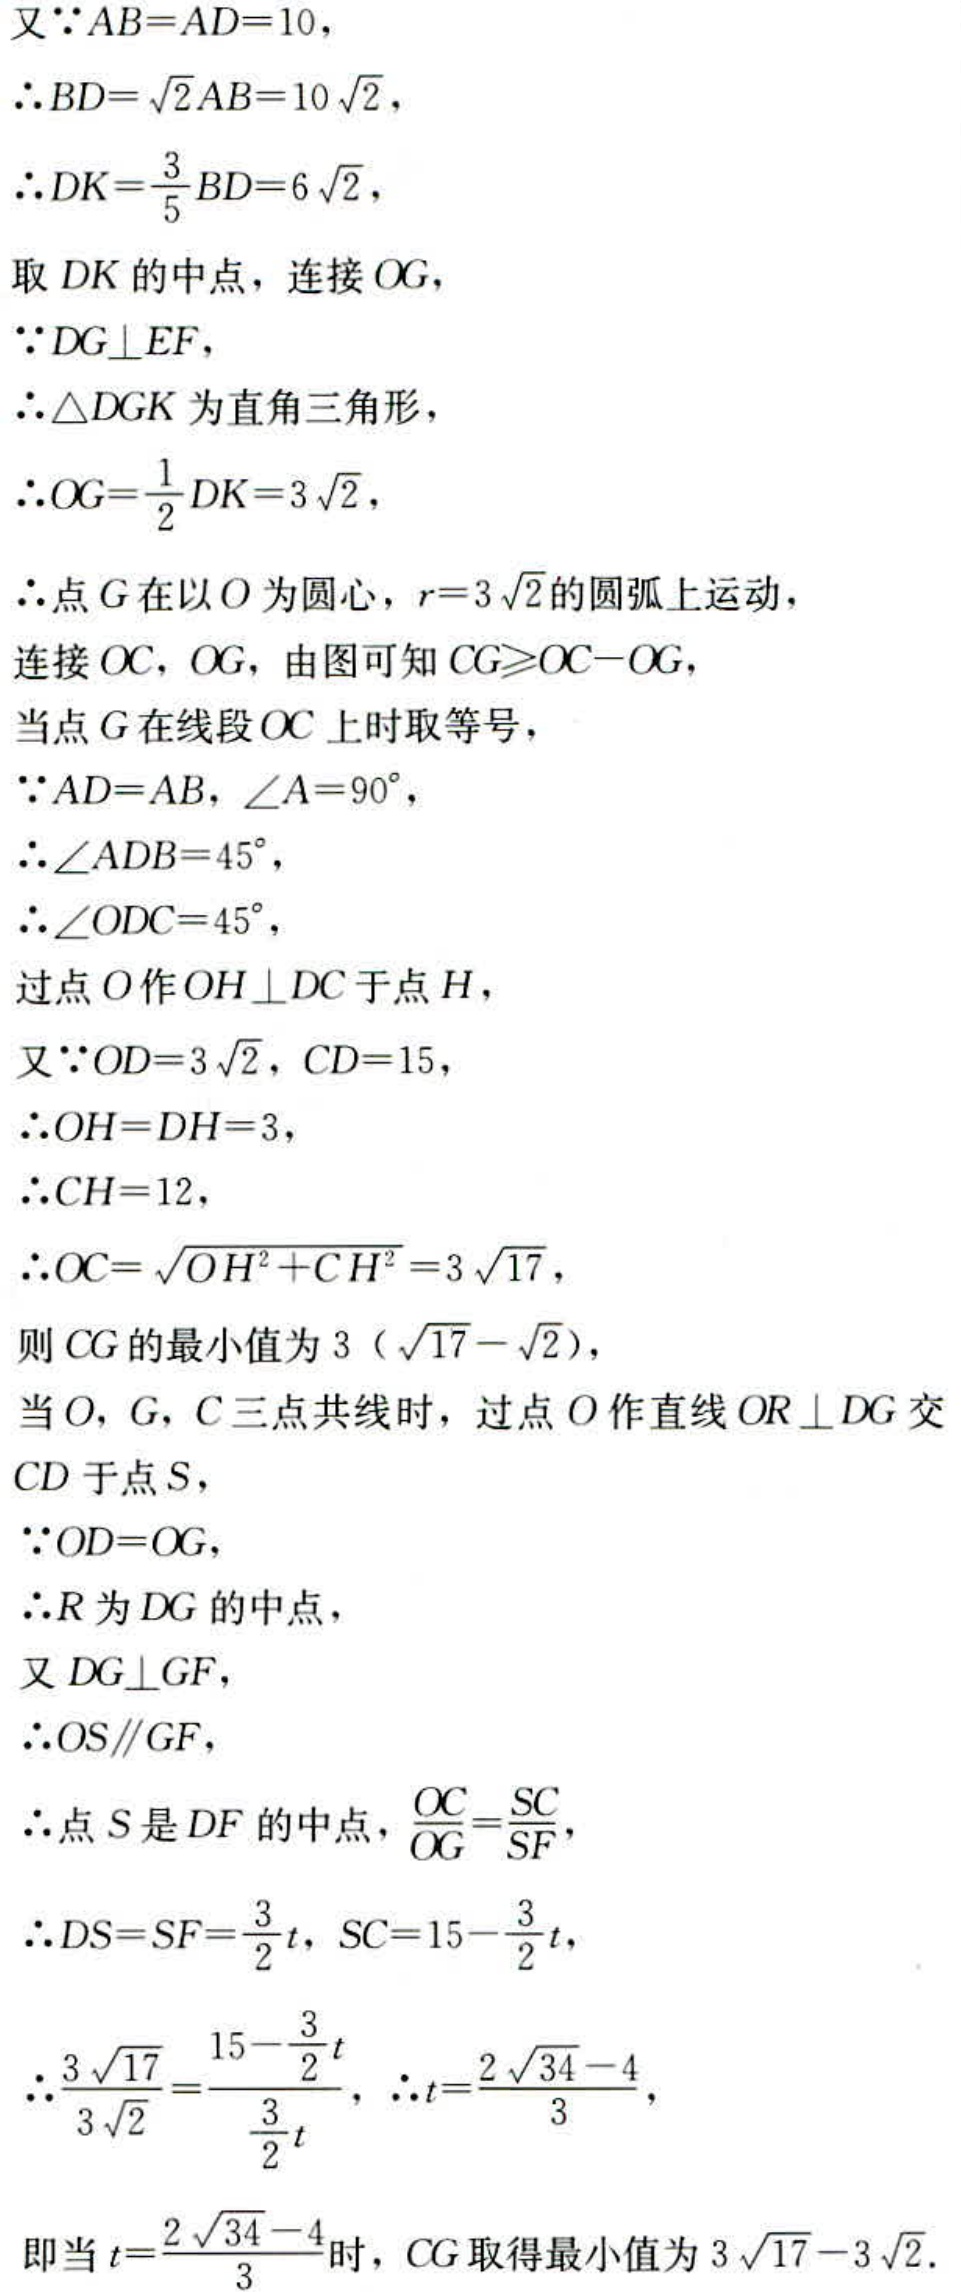
又\(\because AB = AD = 10\)，
\(\therefore BD=\sqrt{2}AB = 10\sqrt{2}\)，
\(\therefore DK=\frac{3}{5}BD = 6\sqrt{2}\)，
取 \(DK\) 的中点，连接 \(OG\)，
\(\because DG\perp EF\)，
\(\therefore \triangle DGK\) 为直角三角形，
\(\therefore OG=\frac{1}{2}DK = 3\sqrt{2}\)，
\(\therefore\)点 \(G\) 在以 \(O\) 为圆心，\(r = 3\sqrt{2}\)的圆弧上运动，
连接 \(OC\)，\(OG\)，由图可知 \(CG\geqslant OC - OG\)，
当点 \(G\) 在线段 \(OC\) 上时取等号，
\(\because AD = AB\)，\(\angle A = 90^{\circ}\)，
\(\therefore \angle ADB = 45^{\circ}\)，
\(\therefore \angle ODC = 45^{\circ}\)，
过点 \(O\) 作 \(OH\perp DC\) 于点 \(H\)，
又\(\because OD = 3\sqrt{2}\)，\(CD = 15\)，
\(\therefore OH = DH = 3\)，
\(\therefore CH = 12\)，
\(\therefore OC=\sqrt{OH^{2}+CH^{2}} = 3\sqrt{17}\)，
则 \(CG\) 的最小值为 \(3(\sqrt{17}-\sqrt{2})\)，
当 \(O\)，\(G\)，\(C\) 三点共线时，过点 \(O\) 作直线 \(OR\perp DG\) 交 \(CD\) 于点 \(S\)，
\(\because OD = OG\)，
\(\therefore R\) 为 \(DG\) 的中点，
又 \(DG\perp GF\)，
\(\therefore OS\parallel GF\)，
\(\therefore\)点 \(S\) 是 \(DF\) 的中点，\(\frac{OC}{OG}=\frac{SC}{SF}\)，
\(\therefore DS = SF=\frac{3}{2}t\)，\(SC = 15-\frac{3}{2}t\)，
\(\therefore\frac{3\sqrt{17}}{3\sqrt{2}}=\frac{15 - \frac{3}{2}t}{\frac{3}{2}t}\)，\(\therefore t=\frac{2\sqrt{34}-4}{3}\)，
即当 \(t=\frac{2\sqrt{34}-4}{3}\)时，\(CG\) 取得最小值为 \(3\sqrt{17}-3\sqrt{2}\).